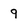
Character: 9